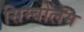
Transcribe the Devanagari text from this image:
सिम्बोलम